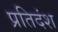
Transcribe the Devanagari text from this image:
प्रतिदंश